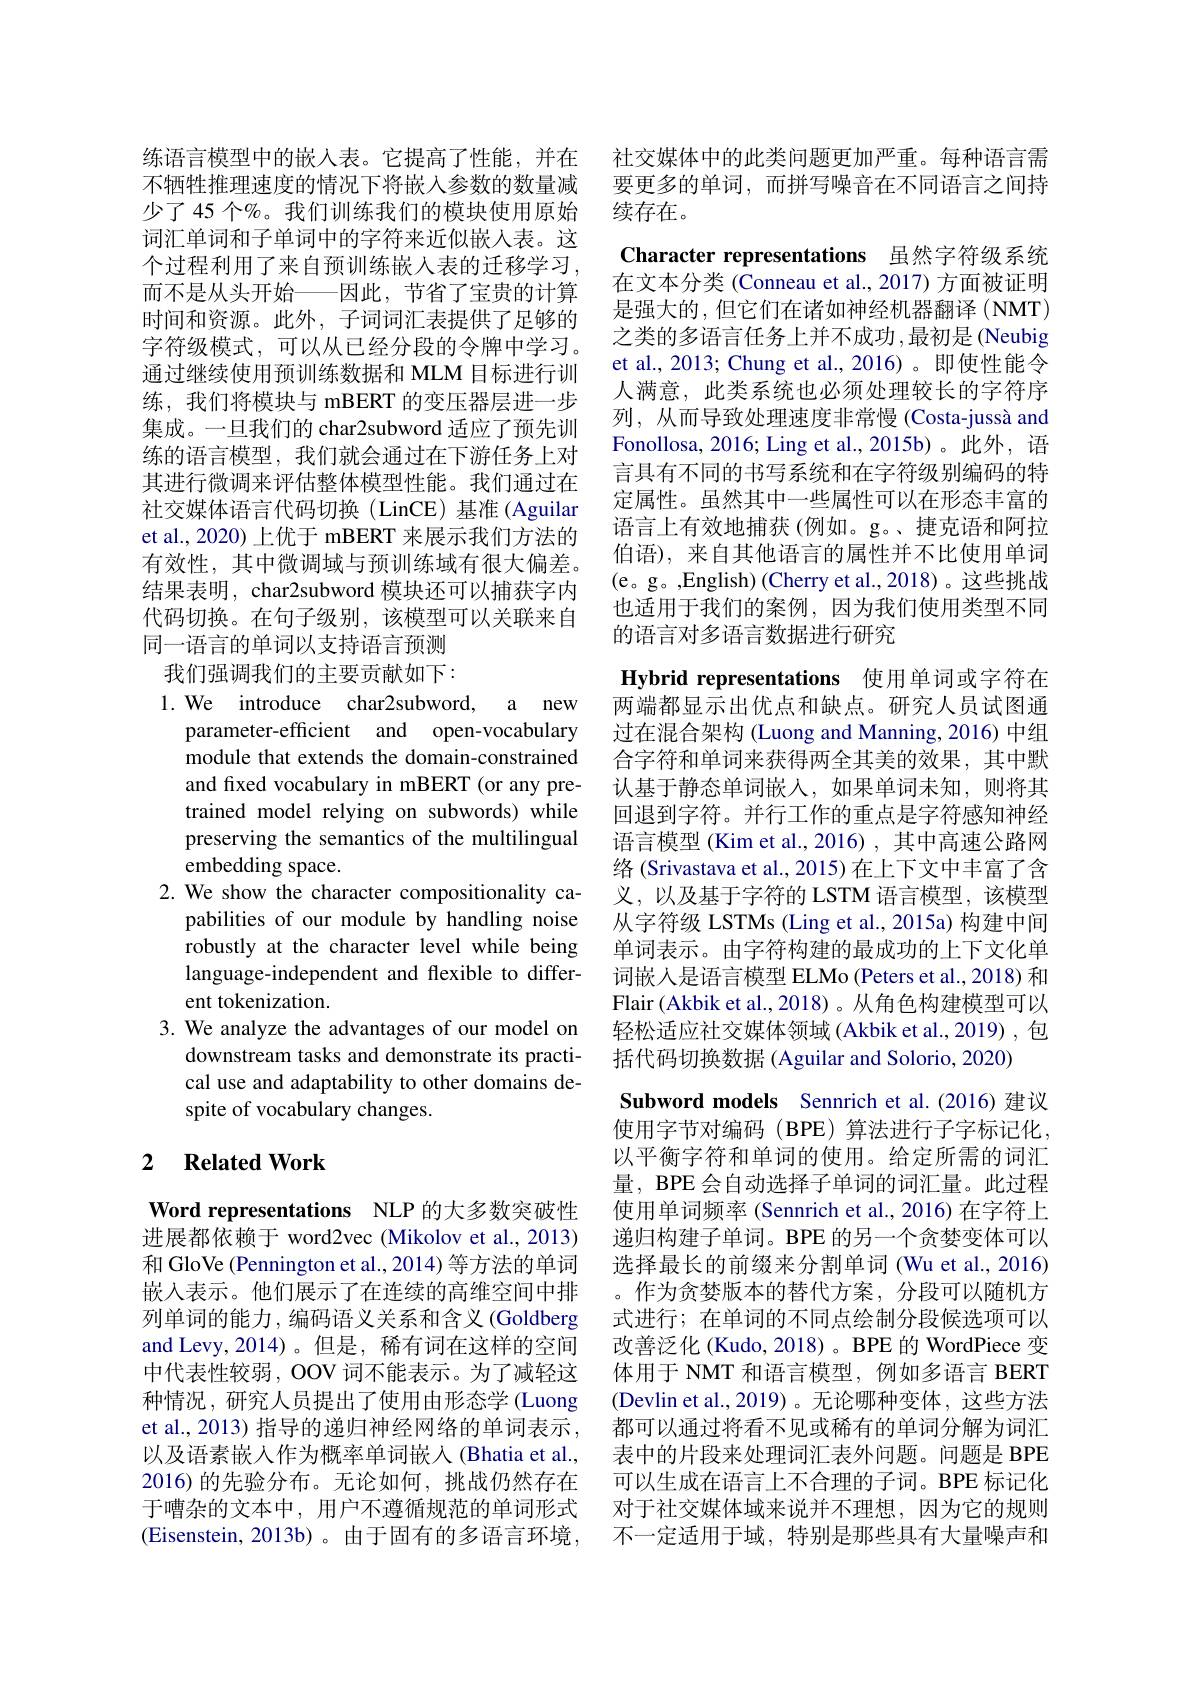
不牺牲推理速度的情况下将嵌入参数的数量减少了 45 个%。我们训练我们的模块使用原始词汇单词和子单词中的字符来近似嵌入表。这个过程利用了来自预训练嵌入表的迁移学习， 而不是从头开始—因此，节省了宝贵的计算时间和资源。此外，子词词汇表提供了足够的字符级模式，可以从已经分段的令牌中学习。通过继续使用预训练数据和 MLM 目标进行训练，我们将模块与 mBERT 的变压器层进一步集成。一旦我们的 char2subword 适应了预先训练的语言模型，我们就会通过在下游任务上对其进行微调来评估整体模型性能。我们通过在社交媒体语言代码切换(LinCE)基准(Aguilar et al., 2020) 上优于 mBERT 来展示我们方法的有效性，其中微调域与预训练域有很大偏差。结果表明，char2subword 模块还可以捕获字内代码切换。在句子级别，该模型可以关联来自同一语言的单词以支持语言预测

我们强调我们的主要贡献如下：
1. We introduce char2subword, a new
parameter-efficient and open-vocabulary module that extends the domain-constrained and fixed vocabulary in mBERT (or any pretrained model relying on subwords) while preserving the semantics of the multilingual embedding space.
2. We show the character compositionality ca-
pabilities of our module by handling noise robustly at the character level while being language-independent and flexible to different tokenization.
3. We analyze the advantages of our model on
downstream tasks and demonstrate its practical use and adaptability to other domains despite of vocabulary changes.

## 2 $\textbf{Related Work}$

Word representations NLP 的大多数突破性进展都依赖于 word2vec (Mikolov et al., 2013) 和 GloVe (Pennington et al., 2014) 等方法的单词嵌入表示。他们展示了在连续的高维空间中排列单词的能力，编码语义关系和含义(Goldberg and Levy, 2014)。但是，稀有词在这样的空间中代表性较弱，OOV 词不能表示。为了减轻这种情况，研究人员提出了使用由形态学 (Luong) et al., 2013) 指导的递归神经网络的单词表示， 以及语素嵌入作为概率单词嵌入(Bhatia et al., 2016)的先验分布。无论如何，挑战仍然存在于嘈杂的文本中，用户不遵循规范的单词形式(Eisenstein, 2013b)。由于固有的多语言环境，

练语言模型中的嵌人表。它提高了性能，并在 社交媒体中的此类问题更加严重。每种语言需
要更多的单词，而拼写噪音在不同语言之间持
续存在。

Character representations 虽然字符级系统

在文本分类 (Conneau et al., 2017) 方面被证明是强大的，但它们在诸如神经机器翻译(NMT) 之类的多语言任务上并不成功 ,最初是 (Neubig et al., 2013; Chung et al., 2016)。即使性能令人满意，此类系统也必须处理较长的字符序列，从而导致处理速度非常慢 (Costa-jussà and Fonollosa, 2016; Ling et al., 2015b)。此外，语言具有不同的书写系统和在字符级别编码的特定属性。虽然其中一些属性可以在形态丰富的语言上有效地捕获(例如。g。、捷克语和阿拉伯语), 来自其他语言的属性并不比使用单词(e。g。,English) (Cherry et al.,2018)。这些挑战时间， 也适用于我们的案例，因为我们使用类型不同的语言对多语言数据进行研究
Hybrid representations 使用单词或字符在两端都显示出优点和缺点。研究人员试图通过在混合架构 (Luong and Manning, 2016) 中组合字符和单词来获得两全其美的效果，其中默认基于静态单词嵌人，如果单词未知，则将其回退到字符。并行工作的重点是字符感知神经语言模型 (Kim et al.,2016) , 其中高速公路网络 (Srivastava et al., 2015) 在上下文中丰富了含义，以及基于字符的 LSTM 语言模型，该模型从字符级 LSTMs (Ling et al., 2015a) 构建中间单词表示。由字符构建的最成功的上下文化单词嵌入是语言模型 ELMo (Peters et al.,2018) 和Flair (Akbik et al.,2018) 。从角色构建模型可以轻松适应社交媒体领域(Akbik et al.,2019) ,包括代码切换数据 (Aguilar and Solorio, 2020)
Subword models Sennrich et al.(2016) 建议使用字节对编码(BPE)算法进行子字标记化， 以平衡字符和单词的使用。给定所需的词汇量，BPE 会自动选择子单词的词汇量。此过程使用单词频率 (Sennrich et al., 2016) 在字符上递归构建子单词。BPE 的另一个贪婪变体可以选择最长的前缀来分割单词 (Wu et al., 2016) 。作为贪婪版本的替代方案，分段可以随机方式进行；在单词的不同点绘制分段候选项可以改善泛化 (Kudo, 2018) 。BPE 的 WordPiece 变体用于 NMT 和语言模型，例如多语言 BERT (Devlin et al.,2019)。无论哪种变体，这些方法， 都可以通过将看不见或稀有的单词分解为词汇表中的片段来处理词汇表外问题。问题是 BPE 可以生成在语言上不合理的子词。BPE 标记化对于社交媒体域来说并不理想，因为它的规则不一定适用于域，特别是那些具有大量噪声和